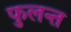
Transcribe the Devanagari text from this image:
फुलन्त